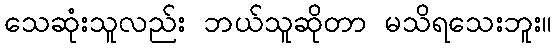
သေဆုံးသူလည်း ဘယ်သူဆိုတာ မသိရသေးဘူး။